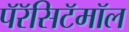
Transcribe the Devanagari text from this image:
पॅरॅसिटॅमॉल